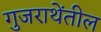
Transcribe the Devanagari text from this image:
गुजराथेंतील